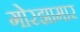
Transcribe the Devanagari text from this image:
गोरझामार